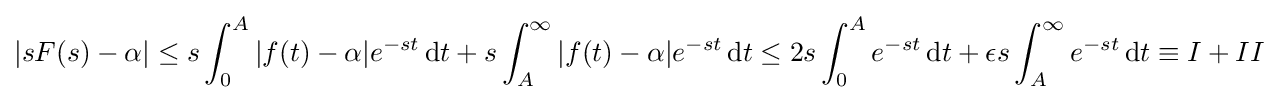
|sF(s)-\alpha |\leq s\int _{0}^{A}|f(t)-\alpha |e^{-st}\,\mathrm {d} t+s\int _{A}^{\infty }|f(t)-\alpha |e^{-st}\,\mathrm {d} t\leq 2s\int _{0}^{A}e^{-st}\,\mathrm {d} t+\epsilon s\int _{A}^{\infty }e^{-st}\,\mathrm {d} t\equiv I+II